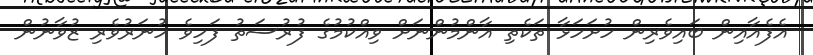
އެފެއާއިން ބައިވެރިން ހުށަހަޅާ ތަކެތި އާންމުންނަށް ވިއްކުމުގެ ފުރުސަތު ފަހިވެ ހުނަރުވެރި ޒުވާނުން